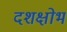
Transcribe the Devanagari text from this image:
दशक्षोभ